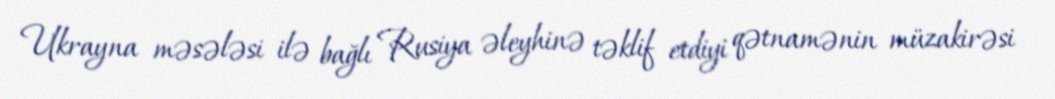
Ukrayna məsələsi ilə bağlı Rusiya əleyhinə təklif etdiyi qətnamənin müzakirəsi